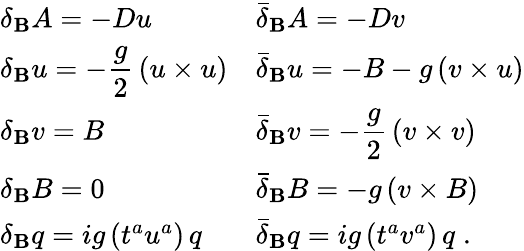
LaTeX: \begin{array}{ll}{{\delta_{\mathbf B}A=-Du}}&{{\bar{\delta}_{\mathbf B}A=-Dv}}\\ {{\displaystyle\delta_{\mathbf B}u=-\frac{g}{2}\, (u\times u)}}&{{\bar{\delta}_{\mathbf B}u=-B-g\, (v\times u)}}\\ {{\delta_{\mathbf B}v=B}}&{{\displaystyle\bar{\delta}_{\mathbf B}v=-\frac{g}{2}\, (v\times v)}}\\ {{\delta_{\mathbf B}B=0}}&{{\bar{\delta}_{\mathbf B}B=-g\, (v\times B)}}\\ {{\delta_{\mathbf B}q=ig\, (t^{a}u^{a})\, q}}&{{\bar{\delta}_{\mathbf B}q=ig\, (t^{a}v^{a})\, q\; .}}\end{array}